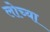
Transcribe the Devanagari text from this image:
लोच्या